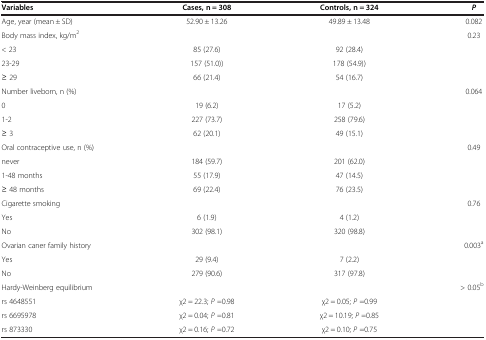
| Variables | Cases, n = 308 | Controls, n = 324 | P |
 | --- | --- | --- | --- |
 | Age, year (mean ± SD) | 52.90 ± 13.26 | 49.89 ± 13.48 | 0.082 |
 | Body mass index, kg/m2 | <COLSPAN=2>  | <ROWSPAN=4> 0.23 |
 | < 23 | 85 (27.6) | 92 (28.4) |
 | 23-29 | 157 (51.0)) | 178 (54.9)) |
 | ≥ 29 | 66 (21.4) | 54 (16.7) |
 | Number liveborn, n (%) | <COLSPAN=2>  | <ROWSPAN=4> 0.064 |
 | 0 | 19 (6.2) | 17 (5.2) |
 | 1-2 | 227 (73.7) | 258 (79.6) |
 | ≥ 3 | 62 (20.1) | 49 (15.1) |
 | Oral contraceptive use, n (%) | <COLSPAN=2>  | <ROWSPAN=4> 0.49 |
 | never | 184 (59.7) | 201 (62.0) |
 | 1-48 months | 55 (17.9) | 47 (14.5) |
 | ≥ 48 months | 69 (22.4) | 76 (23.5) |
 | Cigarette smoking |  |  | <ROWSPAN=3> 0.76 |
 | Yes | 6 (1.9) | 4 (1.2) |
 | No | 302 (98.1) | 320 (98.8) |
 | Ovarian caner family history |  |  | <ROWSPAN=3> 0.003a |
 | Yes | 29 (9.4) | 7 (2.2) |
 | No | 279 (90.6) | 317 (97.8) |
 | Hardy-Weinberg equilibrium |  |  | > 0.05b |
 | rs 4648551 | χ2 = 22.3; P =0.98 | χ2 = 0.05; P =0.99 |  |
 | rs 6695978 | χ2 = 0.04; P =0.81 | χ2 = 10.19; P =0.85 |  |
 | rs 873330 | χ2 = 0.16; P =0.72 | χ2 = 0.10; P =0.75 |  |